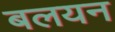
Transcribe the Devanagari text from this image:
बलयन